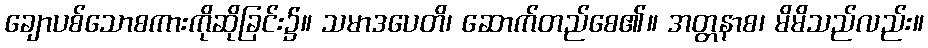
ချောပစ်သောစကားကိုဆိုခြင်း၌။ သမာဒပေတိ၊ ဆောက်တည်စေ၏။ အတ္တနာစ၊ မိမိသည်လည်း။